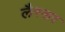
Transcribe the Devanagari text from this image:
लैस्सर